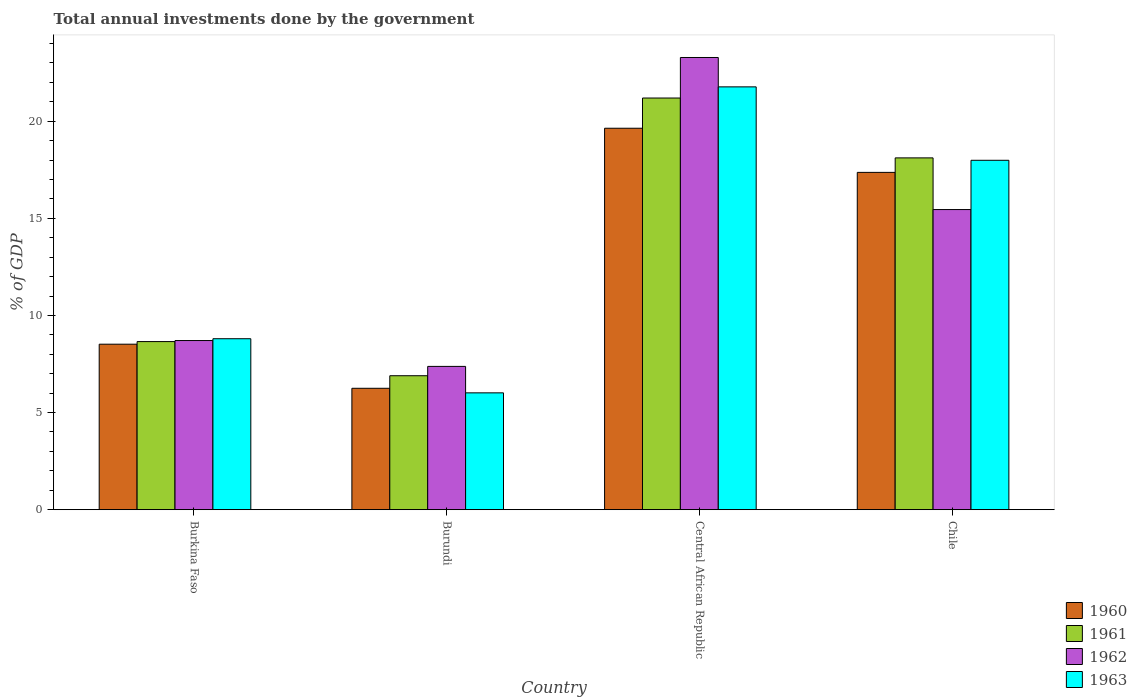
| Country | 1960 | 1961 | 1962 | 1963 |
 | --- | --- | --- | --- | --- |
 | Burkina Faso | 8.52 | 8.65 | 8.71 | 8.8 |
 | Burundi | 6.25 | 6.9 | 7.38 | 6.02 |
 | Central African Republic | 19.6 | 21.2 | 23.3 | 21.8 |
 | Chile | 17.4 | 18.1 | 15.5 | 18 |